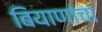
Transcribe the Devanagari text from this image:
बियाणांचा